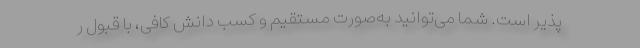
پذیر است. شما می‌توانید به‌صورت مستقیم و کسب دانش کافی، با قبول ر